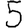
Digit: 5